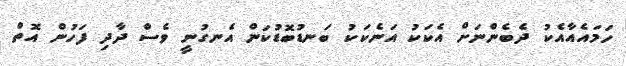
ހަމައެއާއެކު ދެބެންނަށް އެކަކު އަނެކަކު ބަނޑުބޮޑުކަން އެނގުނީ ވެސް ދާދި ފަހުން އޮތް